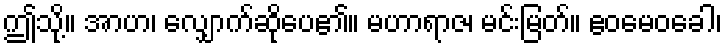
ဤသို့။ အာဟ၊ လျှောက်ဆိုပေ၏။ မဟာရာဇ၊ မင်းမြတ်။ ဧဝမေဝခေါ၊